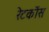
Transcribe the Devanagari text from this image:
रेटकोंस